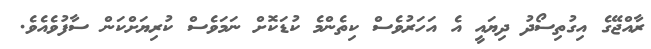
ރާއްޖޭގެ އިގުތިސޯދު ދިޔައީ އެ އަހަރުވެސް ކިތެންމެ ކުޑަކޮށް ނަމަވެސް ކުރިޔަށްކަން ސާފުވެއެވެ.